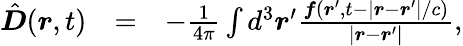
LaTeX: \begin{array}{rlr}{{\hat{\boldsymbol D}}(\boldsymbol r,t)}&{=}&{-\frac{1}{4\pi}\int d^{3}\boldsymbol r^{\prime}\frac{\boldsymbol f(\boldsymbol r^{\prime},t-\left|\boldsymbol r-\boldsymbol r^{\prime}\right|/c)}{\left|\boldsymbol r-\boldsymbol r^{\prime}\right|},}\end{array}